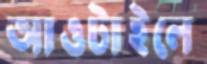
আওটাইলে